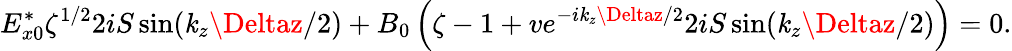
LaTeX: E_{x0}^{*}\zeta^{1/2}2iS\sin(\mathit{k}_{z}\Deltaz/2)+B_{0}\left(\zeta-1+ve^{-i\mathit{k}_{z}\Deltaz/2}2iS\sin(\mathit{k}_{z}\Deltaz/2)\right)=0.